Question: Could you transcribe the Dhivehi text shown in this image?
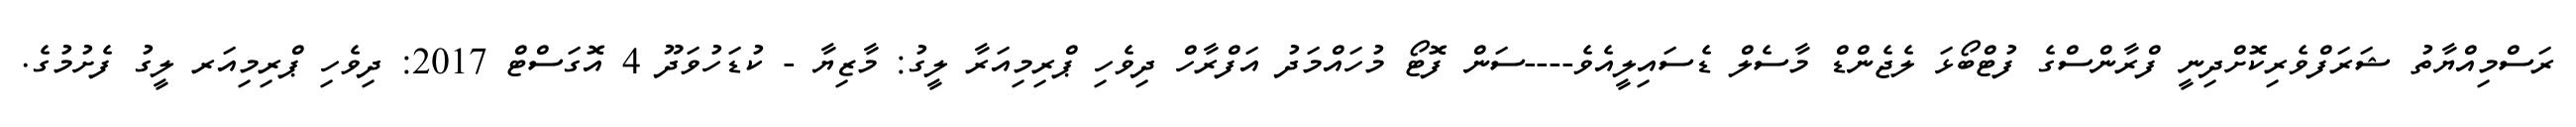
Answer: ރަސްމިއްޔާތު ޝަރަފްވެރިކޮށްދިނީ ފްރާންސްގެ ފުޓްބޯޅަ ލެޖެންޑް މާސެލް ޑެސައިލީއެވެ----ސަން ފޮޓޯ މުހައްމަދު އަފްރާހް ދިވެހި ޕްރިމިއަރާ ލީގު: މާޒިޔާ - ކުޑަހުވަދޫ 4 އޮގަސްޓް 2017: ދިވެހި ޕްރިމިއަރ ލީގު ފެށުމުގެ.